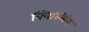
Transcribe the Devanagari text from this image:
क्विस्लिंग